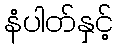
နံပါတ်နှင့်